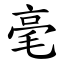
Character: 毫